画像に写った文字を読んでください
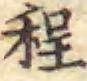
「程」と書いてあります